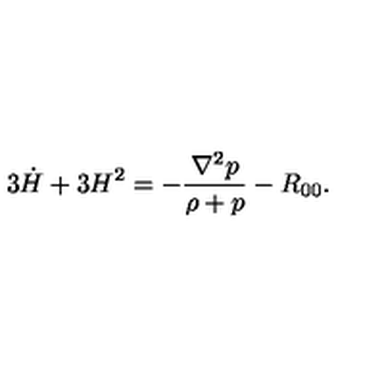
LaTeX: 3 \dot { H } + 3 H ^ { 2 } = - \frac { \nabla ^ { 2 } p } { \rho + p } - R _ { 0 0 } .